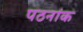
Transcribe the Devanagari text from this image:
पठनांक